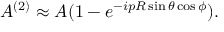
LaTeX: A ^ { ( 2 ) } \approx A ( 1 - e ^ { - i p R \sin \theta \cos \phi } ) .